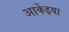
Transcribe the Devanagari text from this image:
आर्केइया